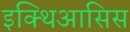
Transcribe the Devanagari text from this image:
इक्थिआसिस